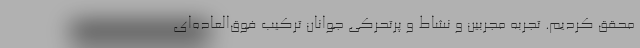
محقق کردیم. تجربه مجربین و نشاط و پرتحرکی جوانان ترکیب فوق‌العاده‌ای